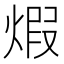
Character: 煆